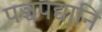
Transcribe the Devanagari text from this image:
पञ्चपद्यानि